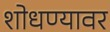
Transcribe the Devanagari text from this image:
शोधण्यावर